65_HS1-834228961_62-HQ-83894_Serial_164
Agency: FBI
Page 57
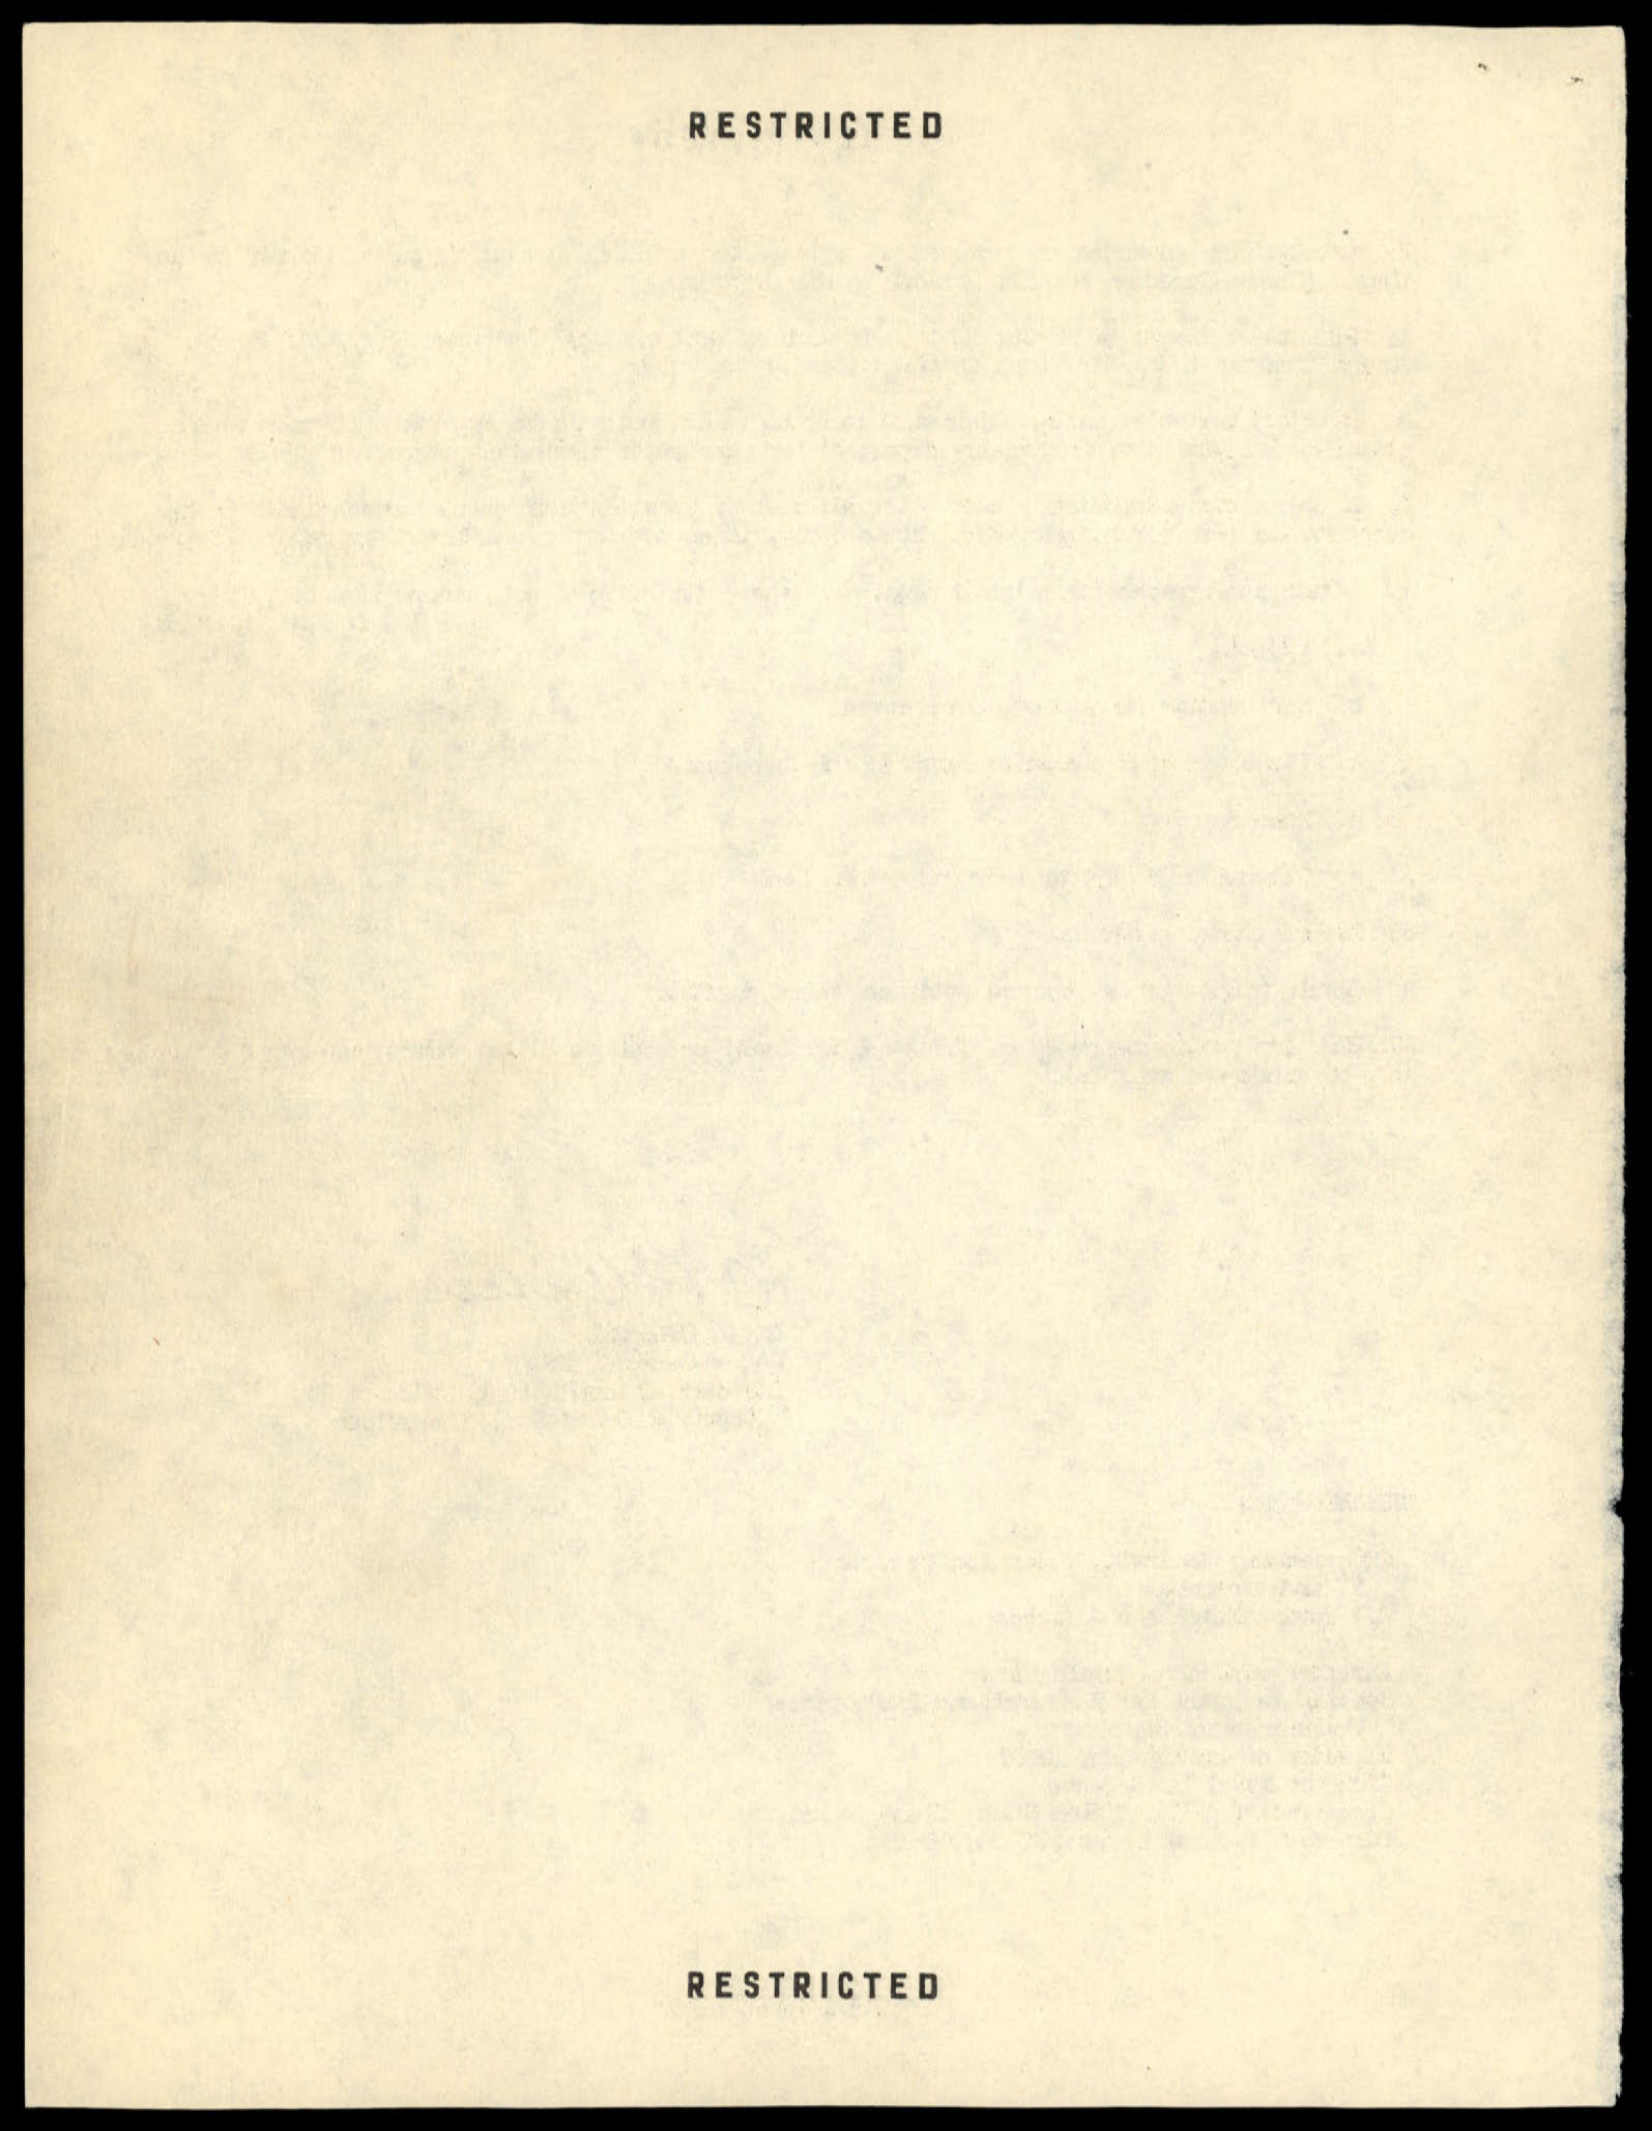